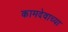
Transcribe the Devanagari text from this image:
कामदेवाच्या